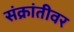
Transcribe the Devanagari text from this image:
संक्रांतीवर